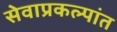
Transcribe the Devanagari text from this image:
सेवाप्रकल्पांत